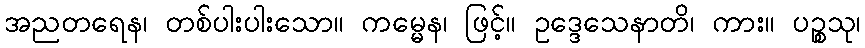
အညတရေန၊ တစ်ပါးပါးသော။ ကမ္မေန၊ ဖြင့်။ ဥဒ္ဒေသေနာတိ၊ ကား။ ပဉ္စသု၊